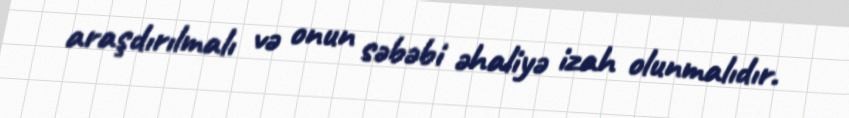
araşdırılmalı və onun səbəbi əhaliyə izah olunmalıdır.